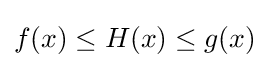
f(x)\leq H(x)\leq g(x)